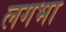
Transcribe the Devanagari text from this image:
लगभा